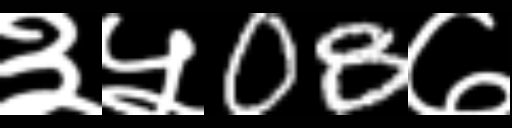
Text: ३५08७